Lunatic asylums Punjab 1868-1880 - 1868-1880
Year: 1868
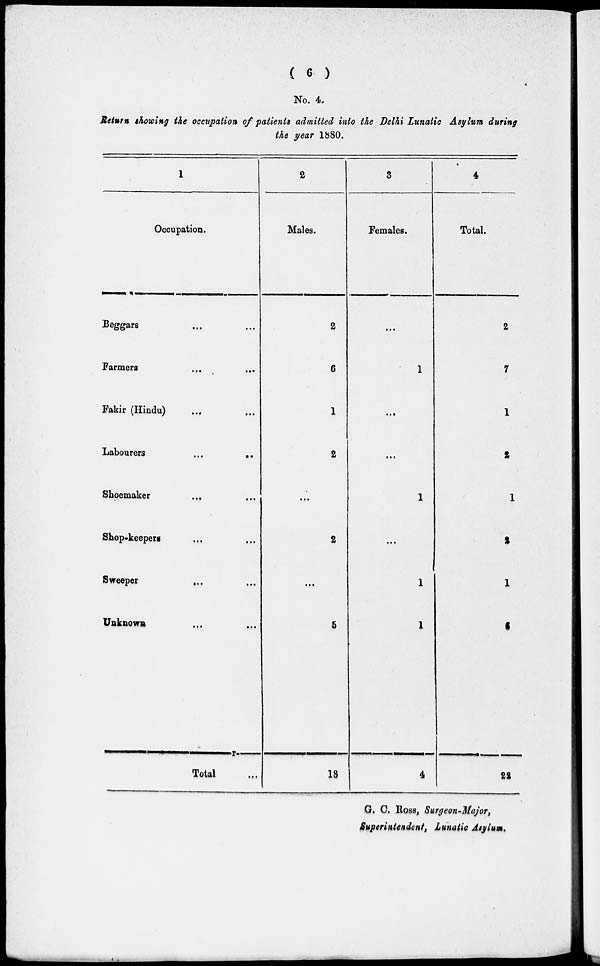
( 6 )
No. 4.
Return showing the occupation of patients admitted into the Delhi Lunatic Asylum during
the year 1880.
1
Occupation.
Beggars ... ...
Farmers
...
...
Fakir (Hindu) ... ...
Labourers
...
..
Shoemaker
... ...
Shop-keepers ... ...
Sweeper
...
...
Unknown ... ...
Total
...
2
Males.
2
6
1
2
...
2
...
6
18
3
Females.
...
1
...
...
1
...
1
1
4
4
Total.
2
7
1
2
1
2
1
6
22
G. C. Ross, Surgeon-Major,
Superintendent, Lunatic Asylum.